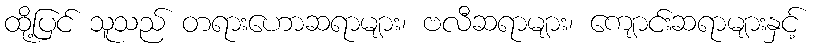
ထို့ပြင် သူသည် တရားဟောဆရာများ၊ ဗလီဆရာများ၊ ကျောင်းဆရာများနှင့်